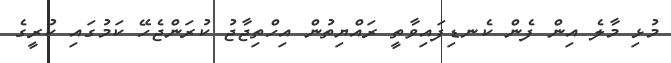
މުޅި މާލެ އިން ފެން ކެނޑިފައިވާތީ ރައްޔިތުން އިހްތިޖާޖު ކުރަންޖެހޭ ކަމުގައި ކުރީގެ